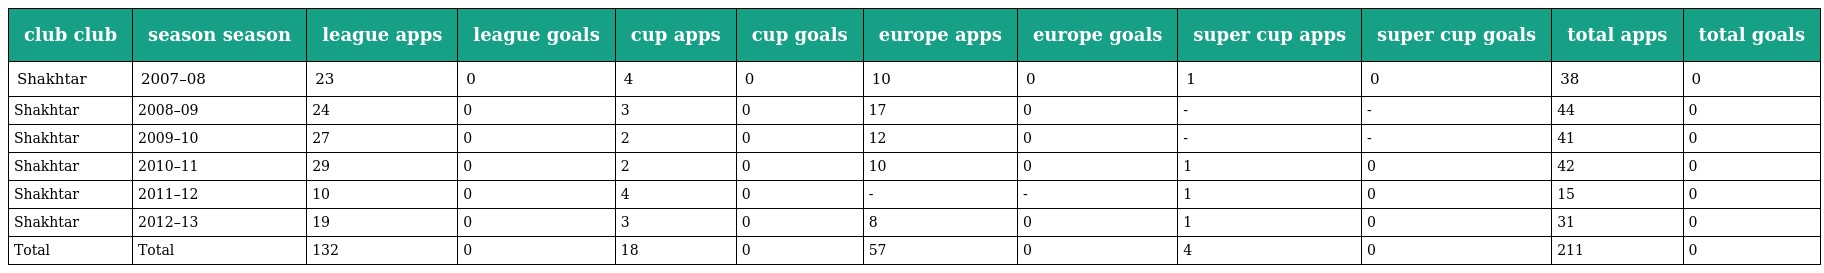
| club club | season season | league apps | league goals | cup apps | cup goals | europe apps | europe goals | super cup apps | super cup goals | total apps | total goals |
 | --- | --- | --- | --- | --- | --- | --- | --- | --- | --- | --- | --- |
 | Shakhtar | 2007–08 | 23 | 0 | 4 | 0 | 10 | 0 | 1 | 0 | 38 | 0 |
 | Shakhtar | 2008–09 | 24 | 0 | 3 | 0 | 17 | 0 | - | - | 44 | 0 |
 | Shakhtar | 2009–10 | 27 | 0 | 2 | 0 | 12 | 0 | - | - | 41 | 0 |
 | Shakhtar | 2010–11 | 29 | 0 | 2 | 0 | 10 | 0 | 1 | 0 | 42 | 0 |
 | Shakhtar | 2011–12 | 10 | 0 | 4 | 0 | - | - | 1 | 0 | 15 | 0 |
 | Shakhtar | 2012–13 | 19 | 0 | 3 | 0 | 8 | 0 | 1 | 0 | 31 | 0 |
 | Total | Total | 132 | 0 | 18 | 0 | 57 | 0 | 4 | 0 | 211 | 0 |